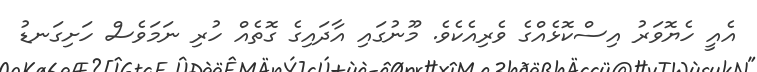
އެއީ ހެޔޮވަރު އިސްކޮޅެއްގެ ވެރިއެކެވެ. މޫނުގައި އާދައިގެ ގޮތެއް ހުރި ނަމަވެސް ހަށިގަނޑު